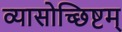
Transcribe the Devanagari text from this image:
व्यासोच्छिष्टम्